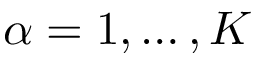
{ \alpha = 1 , \ldots , K }